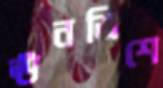
ঊনত্রিশে